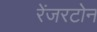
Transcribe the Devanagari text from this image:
रेंजरटोन